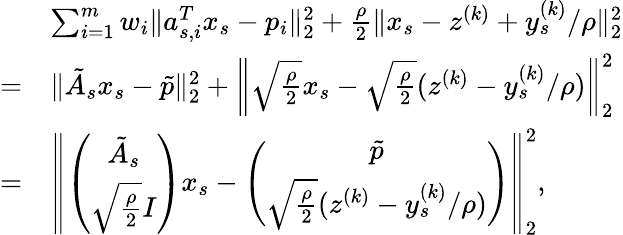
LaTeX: \begin{array}{rl}&{\sum_{i=1}^{m}w_{i}\| a_{s,i}^{T}x_{s}-p_{i}\| _{2}^{2}+\frac{\rho}{2}\| x_{s}-z^{(k)}+y_{s}^{(k)}/\rho\| _{2}^{2}}\\ {=}&{\| \tilde{A}_{s}x_{s}-\tilde{p}\| _{2}^{2}+\left\| \sqrt{\frac{\rho}{2}}x_{s}-\sqrt{\frac{\rho}{2}}(z^{(k)}-y_{s}^{(k)}/\rho)\right\| _{2}^{2}}\\ {=}&{\left\| \left(\begin{array}{c}{\tilde{A}_{s}}\\ {\sqrt{\frac{\rho}{2}}I}\end{array}\right)x_{s}-\left(\begin{array}{c}{\tilde{p}}\\ {\sqrt{\frac{\rho}{2}}(z^{(k)}-y_{s}^{(k)}/\rho)}\end{array}\right)\right\| _{2}^{2},}\end{array}